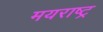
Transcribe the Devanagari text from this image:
मयराष्ट्र